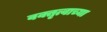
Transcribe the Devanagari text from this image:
वक्तृत्वाच्या